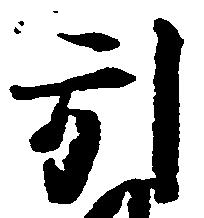
引